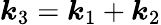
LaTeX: \boldsymbol{k}_{3}=\boldsymbol{k}_{1}+\boldsymbol{k}_{2}